Rangoon Lunatic Asylum 1878-1892 - 1878-1892
Year: 1878
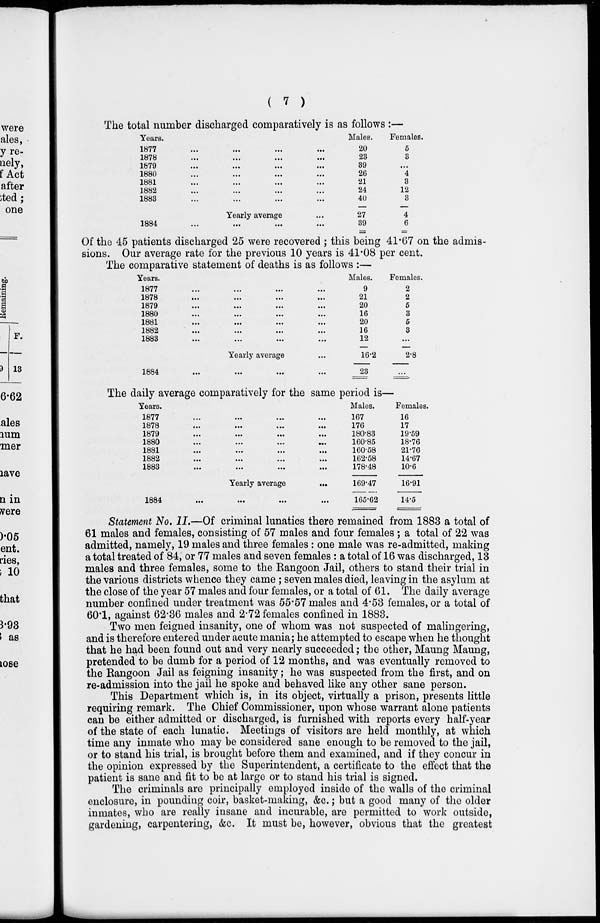
( 7 )
The total number discharged comparatively is as follows :—
Years.
1877
...
...
...
...
1878
...
...
...
...
1879
...
...
...
...
1880
...
...
...
...
1881
...
...
...
...
1882 ... ... ... ...
1883
...
...
...
...
Yearly average ...
1884
...
...
...
...
Males.
20
23
39
26
21
24
40
27
39
Females.
5
3
...
4
3
12
3
4
6
Of the 45 patients discharged 25 were recovered ; this being 41.67 on the admis-
sions. Our average rate for the previous 10 years is 41.08 per cent.
The comparative statement of deaths is as follows :—
Years.
1877
...
...
...
...
1878
...
...
...
...
1879
...
...
...
...
1880
...
...
...
...
1881
...
...
...
...
1882
...
...
...
...
1883
...
...
...
...
Yearly average ...
1884
...
...
...
...
Males.
9
21
20
16
20
16
12
16.2
23
Females.
2
2
5
3
5
3
...
2.8
...
The daily average comparatively for the same period is—
Years.
1877
...
...
...
...
1878
...
...
...
...
1879
...
...
...
...
1880
...
...
...
...
1881
...
...
...
...
1882
...
...
...
...
1883
...
...
...
...
Yearly average
...
1884
...
...
...
...
Males.
167
176
180.83
160.85
160.58
162.58
178.48
169.47
165.62
Females.
16
17
19.59
18.76
21.76
14.67
10.6
16.91
14.5
Statement No. II.—Of criminal lunatics there remained from 1883 a total of
61 males and females, consisting of 57 males and four females ; a total of 22 was
admitted, namely, 19 males and three females : one male was re-admitted, making
a total treated of 84, or 77 males and seven females: a total of 16 was discharged, 13
males and three females, some to the Rangoon Jail, others to stand their trial in
the various districts whence they came ; seven males died, leaving in the asylum at
the close of the year 57 males and four females, or a total of 61. The daily average
number confined under treatment was 55.57 males and 4.53 females, or a total of
60.1, against 62.36 males and 2.72 females confined in 1883.
Two men feigned insanity, one of whom was not suspected of malingering,
and is therefore entered under acute mania; he attempted to escape when he thought
that he had been found out and very nearly succeeded; the other, Maung Maung,
pretended to be dumb for a period of 12 months, and was eventually removed to
the Rangoon Jail as feigning insanity; he was suspected from the first, and on
re-admission into the jail he spoke and behaved like any other sane person.
This Department which is, in its object, virtually a prison, presents little
requiring remark. The Chief Commissioner, upon whose warrant alone patients
can be either admitted or discharged, is furnished with reports every half-year
of the state of each lunatic. Meetings of visitors are held monthly, at which
time any inmate who may be considered sane enough to be removed to the jail,
or to stand his trial, is brought before them and examined, and if they concur in
the opinion expressed by the Superintendent, a certificate to the effect that the
patient is sane and fit to be at large or to stand his trial is signed.
The criminals are principally employed inside of the walls of the criminal
enclosure, in pounding coir, basket-making, &c.; but a good many of the older
inmates, who are really insane and incurable, are permitted to work outside,
gardening, carpentering, &c. It must be, however, obvious that the greatest